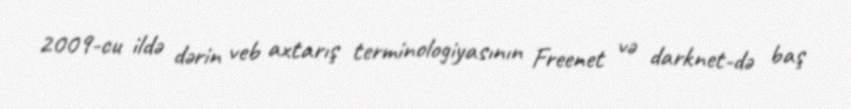
2009-cu ildə dərin veb axtarış terminologiyasının Freenet və darknet-də baş